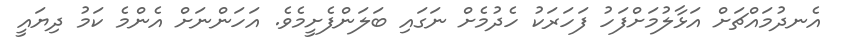
އެނދުމައްޗަށް އަޅާލުމަށްފަހު ފަހަރަކު ހެދުމެށް ނަގައި ބަލަންފެށީމެވެ. އަހަންނަށް އެންމެ ކަމު ދިޔައީ